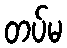
တပ်မ